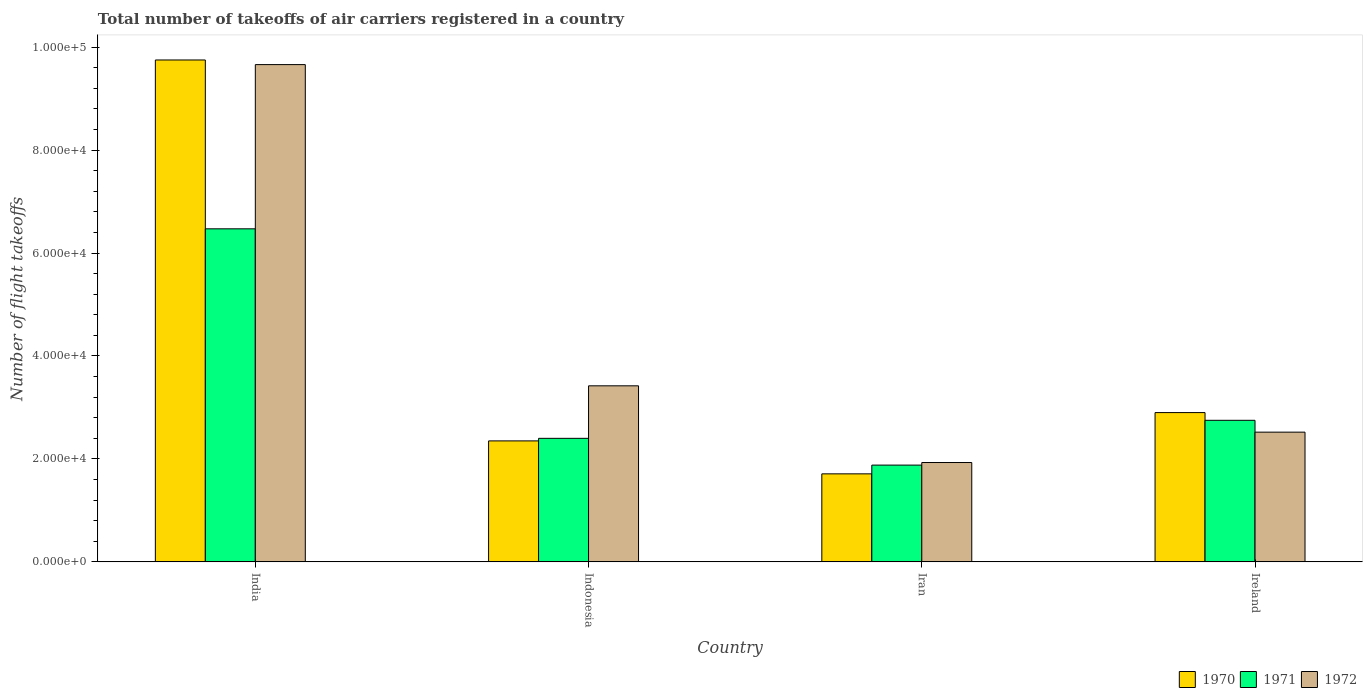
| Country | 1970 | 1971 | 1972 |
 | --- | --- | --- | --- |
 | India | 9.75e+04 | 6.47e+04 | 9.66e+04 |
 | Indonesia | 2.35e+04 | 2.4e+04 | 3.42e+04 |
 | Iran | 1.71e+04 | 1.88e+04 | 1.93e+04 |
 | Ireland | 2.9e+04 | 2.75e+04 | 2.52e+04 |